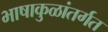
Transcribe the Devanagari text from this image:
भाषाकुळांतर्गत